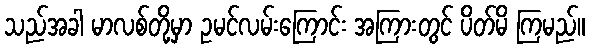
သည်အခါ မာလစ်တို့မှာ ဥမင်လမ်းကြောင်း အကြားတွင် ပိတ်မိ ကြမည်။